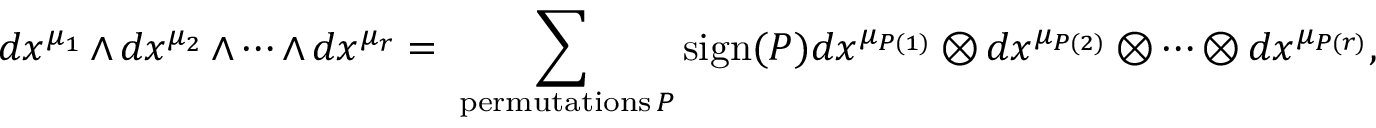
d x ^ { \mu _ { 1 } } \wedge d x ^ { \mu _ { 2 } } \wedge \cdots \wedge d x ^ { \mu _ { r } } = \sum _ { \mathrm { { \scriptsize ~ p e r m u t a t i o n s } } \, P } \mathrm { s i g n } ( P ) d x ^ { \mu _ { P ( 1 ) } } \otimes d x ^ { \mu _ { P ( 2 ) } } \otimes \cdots \otimes d x ^ { \mu _ { P ( r ) } } ,